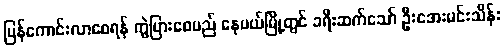
ပြန်ကောင်းလာစေရန် ကွဲပြားစေမည် နေပယ်မြို့တွင် ခရီးဆက်သော် ဦးအေးမင်းသိန်း